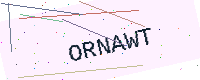
Text: ORNAWT